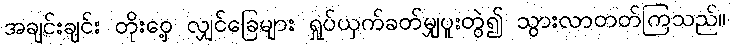
အချင်းချင်း တိုးဝှေ့ လျှင်ခြေများ ရှုပ်ယှက်ခတ်မျှပူးတွဲ၍ သွားလာတတ်ကြသည်။